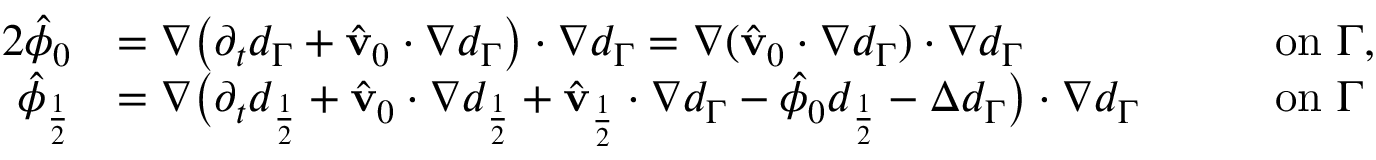
\begin{array} { r l r l } { { 2 } \hat { \phi } _ { 0 } } & { = \nabla \big ( \partial _ { t } d _ { \Gamma } + \hat { \mathbf { v } } _ { 0 } \cdot \nabla d _ { \Gamma } \big ) \cdot \nabla d _ { \Gamma } = \nabla ( \hat { \mathbf { v } } _ { 0 } \cdot \nabla d _ { \Gamma } ) \cdot \nabla d _ { \Gamma } } & { \quad } & { \mathrm { o n } \ \Gamma , } \\ { \hat { \phi } _ { \frac { 1 } { 2 } } } & { = \nabla \big ( \partial _ { t } d _ { \frac { 1 } { 2 } } + \hat { \mathbf { v } } _ { 0 } \cdot \nabla d _ { \frac { 1 } { 2 } } + \hat { \mathbf { v } } _ { \frac { 1 } { 2 } } \cdot \nabla d _ { \Gamma } - \hat { \phi } _ { 0 } d _ { \frac { 1 } { 2 } } - \Delta d _ { \Gamma } \big ) \cdot \nabla d _ { \Gamma } } & { \quad } & { \mathrm { o n } \ \Gamma } \end{array}